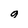
Character: a